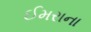
ઈમરાના